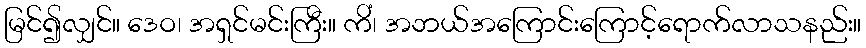
မြင်၍လျှင်။ ဒေဝ၊ အရှင်မင်းကြီး။ ကိံ၊ အဘယ်အကြောင်းကြောင့်ရောက်လာသနည်း။